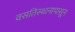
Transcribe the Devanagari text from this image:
वसतिस्थानापासून